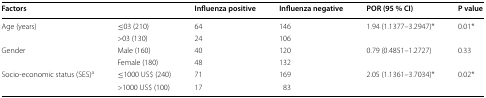
<table><thead><tr><td colspan="2"><b>Factors</b></td><td><b>Influenza positive</b></td><td><b>Influenza negative</b></td><td><b>POR (95 % CI)</b></td><td><b>P value</b></td></tr></thead><tbody><tr><td rowspan="2">Age (years)</td><td>≤03 (210)</td><td>64</td><td>146</td><td rowspan="2">1.94 (1.1377–3.2947)*</td><td rowspan="2">0.01*</td></tr><tr><td>&gt;03 (130)</td><td>24</td><td>106</td></tr><tr><td rowspan="2">Gender</td><td>Male (160)</td><td>40</td><td>120</td><td rowspan="2">0.79 (0.4851–1.2727)</td><td rowspan="2">0.33</td></tr><tr><td>Female (180)</td><td>48</td><td>132</td></tr><tr><td rowspan="2">Socio-economic status (SES)<sup>a</sup></td><td>≤1000 US$ (240)</td><td>71</td><td>169</td><td rowspan="2">2.05 (1.1361–3.7034)*</td><td rowspan="2">0.02*</td></tr><tr><td>&gt;1000 US$ (100)</td><td>17</td><td>83</td></tr></tbody></table>